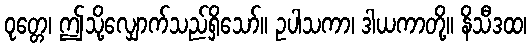
ဝုတ္တေ၊ ဤသို့လျှောက်သည်ရှိသော်။ ဥပါသကာ၊ ဒါယကာတို့။ နိသီဒထ၊